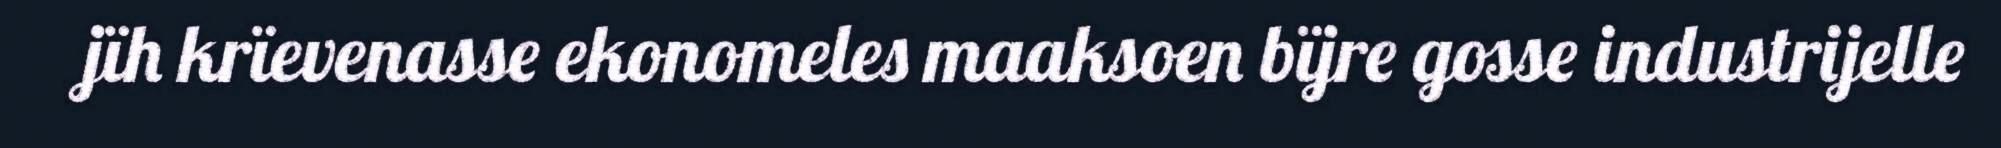
jïh krïevenasse ekonomeles maaksoen bïjre gosse industrijelle